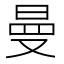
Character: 曼